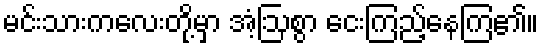
မင်းသားကလေးတို့မှာ အံ့ဩစွာ ငေးကြည့်နေကြ၏။